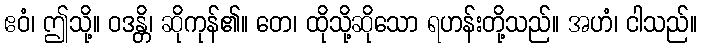
ဧဝံ၊ ဤသို့။ ဝဒန္တိ၊ ဆိုကုန်၏။ တေ၊ ထိုသို့ဆိုသော ရဟန်းတို့သည်။ အဟံ၊ ငါသည်။